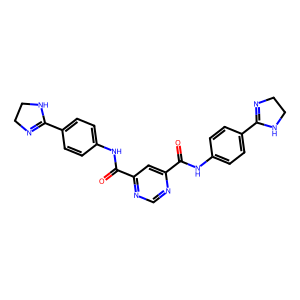
SMILES: O=C(Nc1ccc(C2=NCCN2)cc1)c1cc(C(=O)Nc2ccc(C3=NCCN3)cc2)ncn1
Inhibits HIV replication: Yes